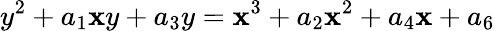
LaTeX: y^{2}+a_{1}\mathbf{x}y+a_{3}y=\mathbf{x}^{3}+a_{2}\mathbf{x}^{2}+a_{4}\mathbf{x}+a_{6}